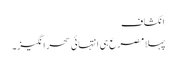
انکشاف
پہلا مصرع ہی انتہائی سحر انگیز۔